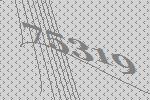
75319